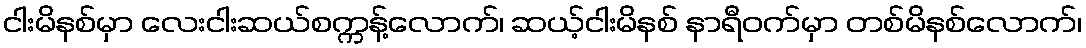
ငါးမိနစ်မှာ လေးငါးဆယ်စက္ကန့်လောက်၊ ဆယ့်ငါးမိနစ် နာရီဝက်မှာ တစ်မိနစ်လောက်၊